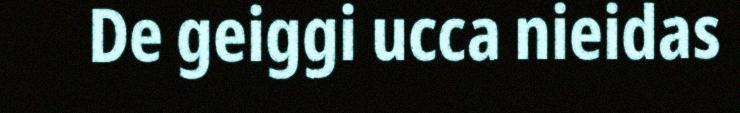
De geiggi ucca nieidas